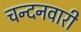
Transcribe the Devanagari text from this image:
चन्दनवारी